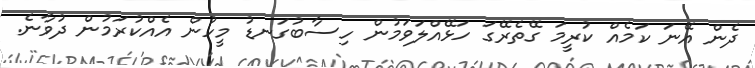
ދެން އޭނަ ކަމެއް ކުރީމަ ގޭތެރޭގަ ހަޅޭއްލަވަމުން ހިސާބުގަނޑު މީހުން އެއްކުރަމުން ދުވާނެ.